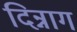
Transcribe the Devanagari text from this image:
दिन्नाग